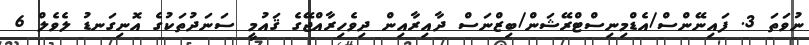
ނުވަތަ 3. ފައިނޭންސް/އެޑްމިނިސްޓްރޭޝަން/ބިޒްނަސް ދާއިރާއިން ދިވެހިރާއްޖޭގެ ޤައުމީ ސަނަދުތަކުގެ އޮނިގަނޑު ލެވެލް 6